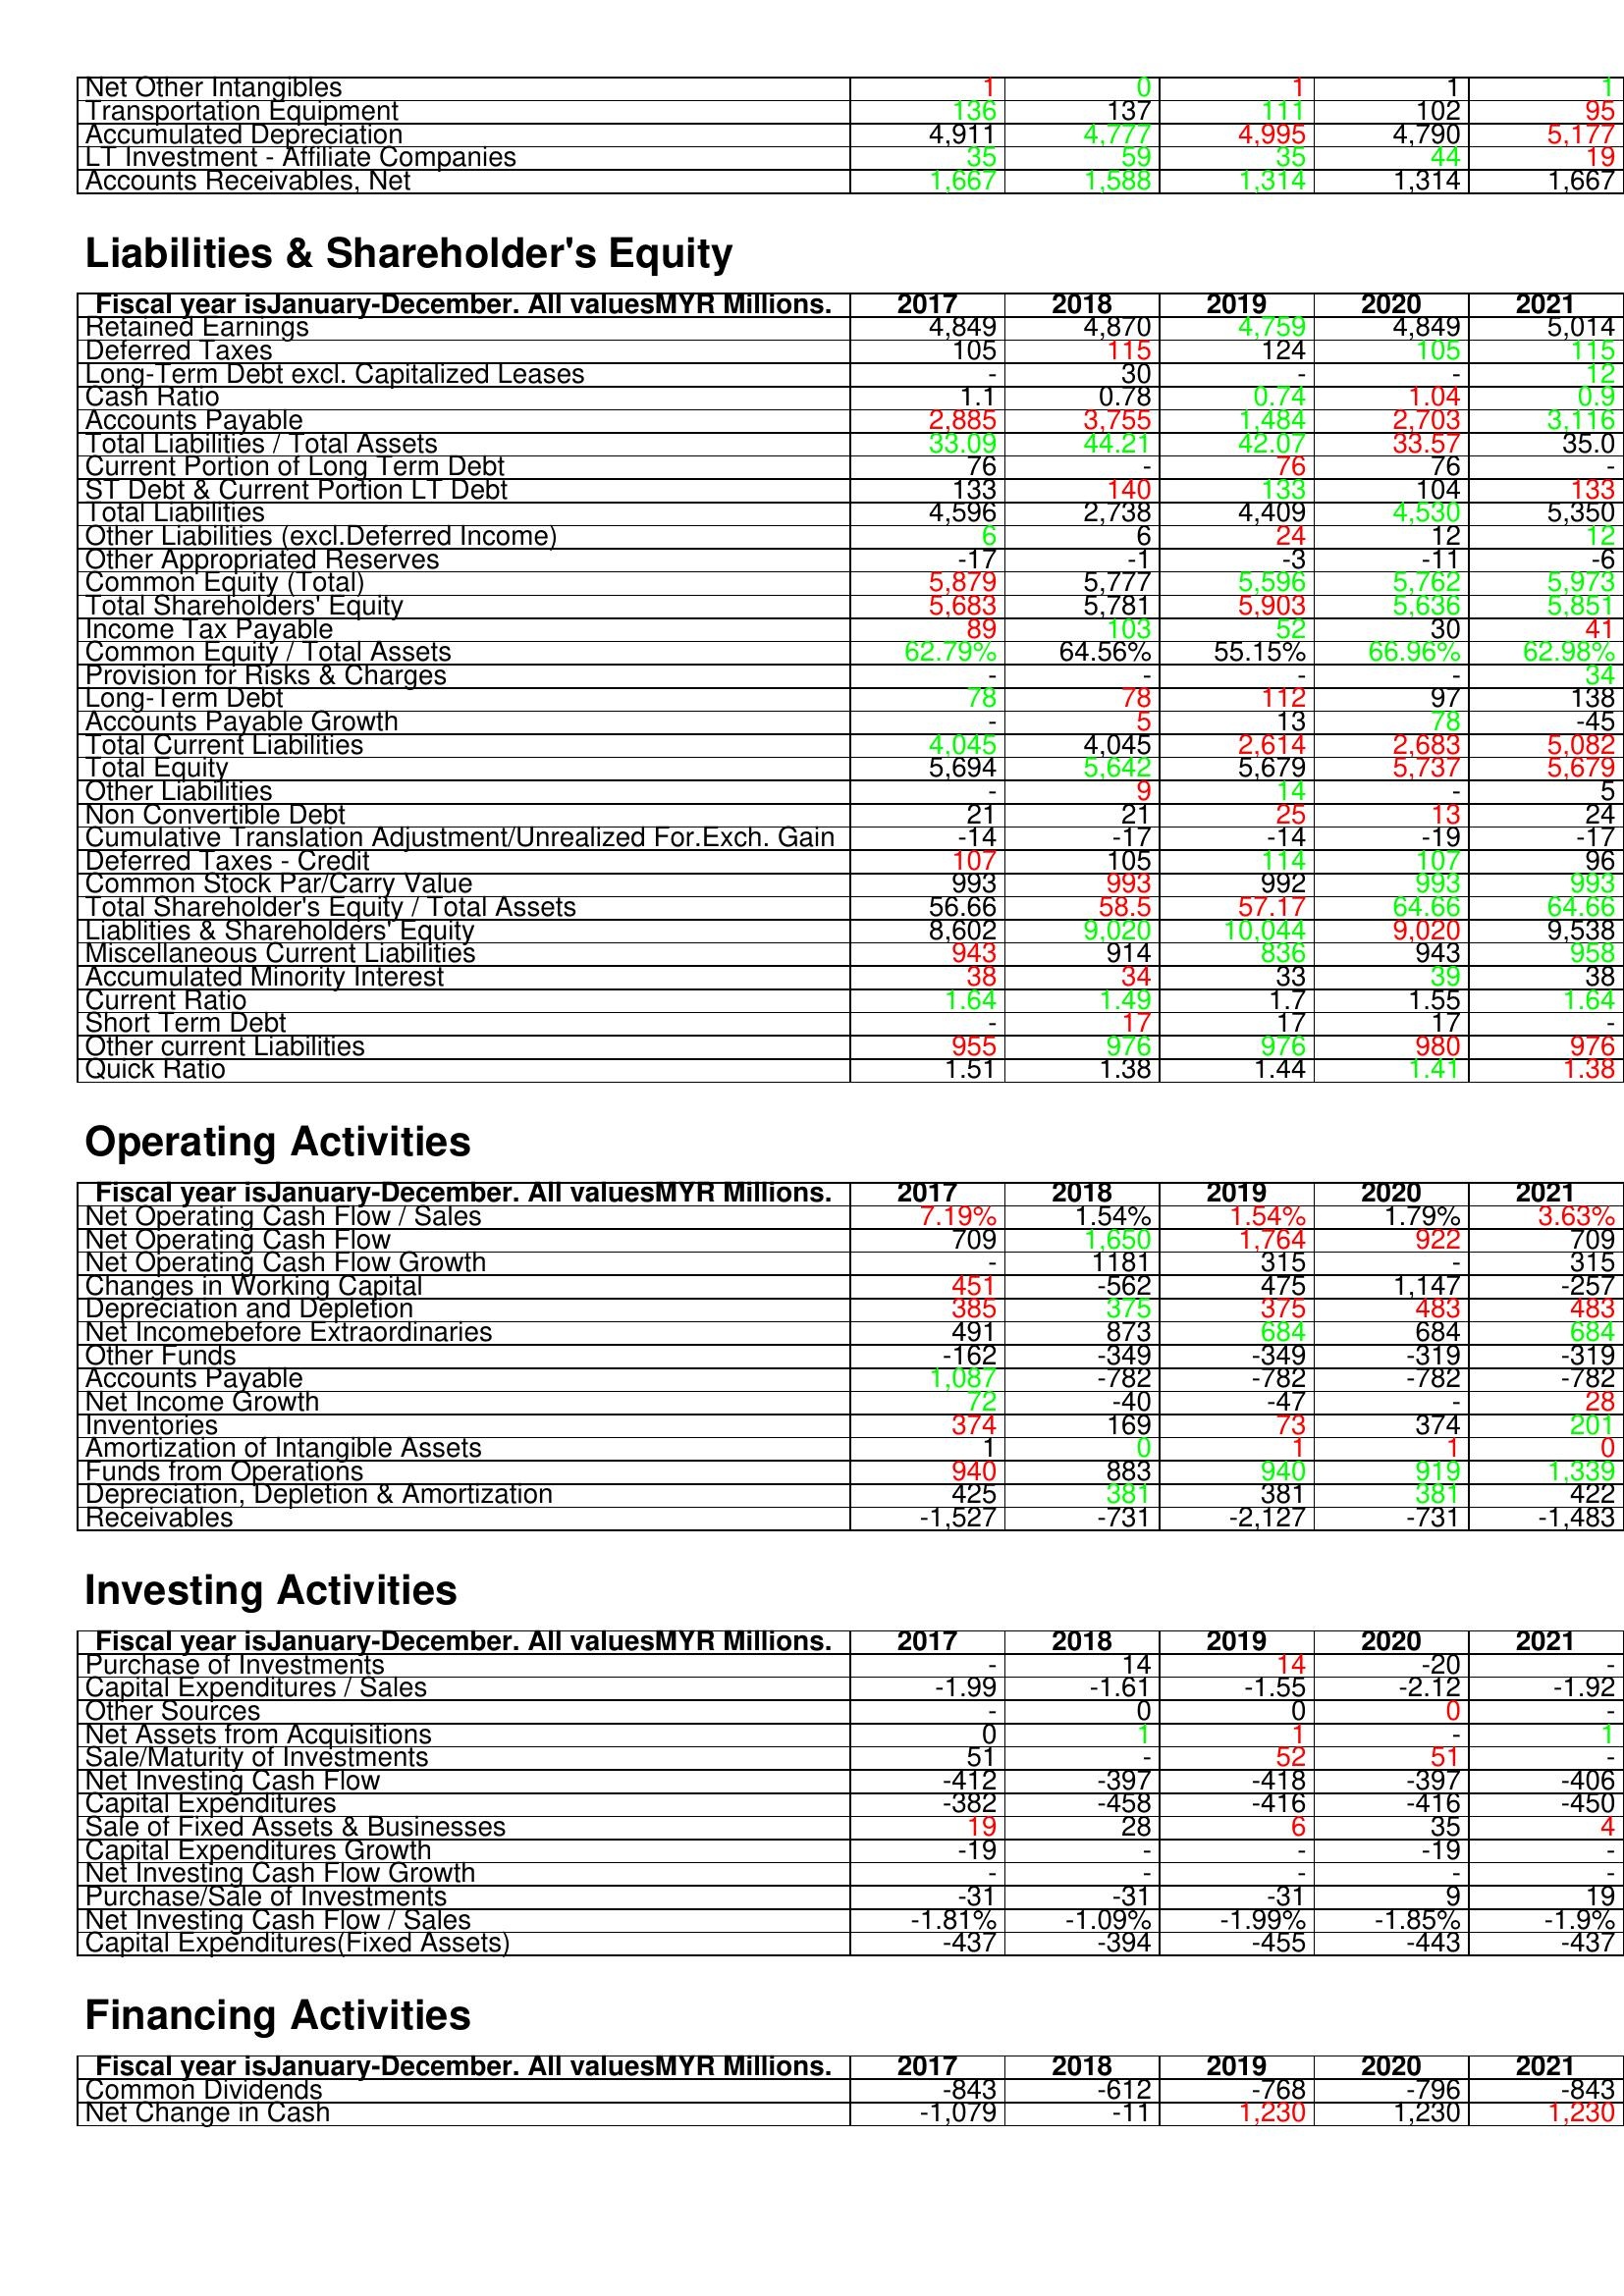
gt_parse: 2017: Assets: Net Other Intangibles: 1
Transportation Equipment: 136
Accumulated Depreciation: 4,911
LT Investment - Affiliate Companies: 35
Accounts Receivables, Net: 1,667
Liabilities & Shareholder's Equity: Retained Earnings: 4,849
Deferred Taxes: 105
Long-Term Debt excl. Capitalized Leases: -
Cash Ratio: 1.1
Accounts Payable: 2,885
Total Liabilities / Total Assets: 33.09
Current Portion of Long Term Debt: 76
ST Debt & Current Portion LT Debt: 133
Total Liabilities: 4,596
Other Liabilities (excl.Deferred Income): 6
Other Appropriated Reserves: -17
Common Equity (Total): 5,879
Total Shareholders' Equity: 5,683
Income Tax Payable: 89
Common Equity / Total Assets: 62.79%
Provision for Risks & Charges: -
Long-Term Debt: 78
Accounts Payable Growth: -
Total Current Liabilities: 4,045
Total Equity: 5,694
Other Liabilities: -
Non Convertible Debt: 21
Cumulative Translation Adjustment/Unrealized For.Exch. Gain: -14
Deferred Taxes - Credit: 107
Common Stock Par/Carry Value: 993
Total Shareholder's Equity / Total Assets: 56.66
Liablities & Shareholders' Equity: 8,602
Miscellaneous Current Liabilities: 943
Accumulated Minority Interest: 38
Current Ratio: 1.64
Short Term Debt: -
Other current Liabilities: 955
Quick Ratio: 1.51
Operating Activities: Net Operating Cash Flow / Sales: 7.19%
Net Operating Cash Flow: 709
Net Operating Cash Flow Growth: -
Changes in Working Capital: 451
Depreciation and Depletion: 385
Net Incomebefore Extraordinaries: 491
Other Funds: -162
Accounts Payable: 1,087
Net Income Growth: 72
Inventories: 374
Amortization of Intangible Assets: 1
Funds from Operations: 940
Depreciation, Depletion & Amortization: 425
Receivables: -1,527
Investing Activities: Purchase of Investments: -
Capital Expenditures / Sales: -1.99
Other Sources: -
Net Assets from Acquisitions: 0
Sale/Maturity of Investments: 51
Net Investing Cash Flow: -412
Capital Expenditures: -382
Sale of Fixed Assets & Businesses: 19
Capital Expenditures Growth: -19
Net Investing Cash Flow Growth: -
Purchase/Sale of Investments: -31
Net Investing Cash Flow / Sales: -1.81%
Capital Expenditures(Fixed Assets): -437
Financing Activities: Common Dividends: -843
Net Change in Cash: -1,079
2018: Assets: Net Other Intangibles: 0
Transportation Equipment: 137
Accumulated Depreciation: 4,777
LT Investment - Affiliate Companies: 59
Accounts Receivables, Net: 1,588
Liabilities & Shareholder's Equity: Retained Earnings: 4,870
Deferred Taxes: 115
Long-Term Debt excl. Capitalized Leases: 30
Cash Ratio: 0.78
Accounts Payable: 3,755
Total Liabilities / Total Assets: 44.21
Current Portion of Long Term Debt: -
ST Debt & Current Portion LT Debt: 140
Total Liabilities: 2,738
Other Liabilities (excl.Deferred Income): 6
Other Appropriated Reserves: -1
Common Equity (Total): 5,777
Total Shareholders' Equity: 5,781
Income Tax Payable: 103
Common Equity / Total Assets: 64.56%
Provision for Risks & Charges: -
Long-Term Debt: 78
Accounts Payable Growth: 5
Total Current Liabilities: 4,045
Total Equity: 5,642
Other Liabilities: 9
Non Convertible Debt: 21
Cumulative Translation Adjustment/Unrealized For.Exch. Gain: -17
Deferred Taxes - Credit: 105
Common Stock Par/Carry Value: 993
Total Shareholder's Equity / Total Assets: 58.5
Liablities & Shareholders' Equity: 9,020
Miscellaneous Current Liabilities: 914
Accumulated Minority Interest: 34
Current Ratio: 1.49
Short Term Debt: 17
Other current Liabilities: 976
Quick Ratio: 1.38
Operating Activities: Net Operating Cash Flow / Sales: 1.54%
Net Operating Cash Flow: 1,650
Net Operating Cash Flow Growth: 1181
Changes in Working Capital: -562
Depreciation and Depletion: 375
Net Incomebefore Extraordinaries: 873
Other Funds: -349
Accounts Payable: -782
Net Income Growth: -40
Inventories: 169
Amortization of Intangible Assets: 0
Funds from Operations: 883
Depreciation, Depletion & Amortization: 381
Receivables: -731
Investing Activities: Purchase of Investments: 14
Capital Expenditures / Sales: -1.61
Other Sources: 0
Net Assets from Acquisitions: 1
Sale/Maturity of Investments: -
Net Investing Cash Flow: -397
Capital Expenditures: -458
Sale of Fixed Assets & Businesses: 28
Capital Expenditures Growth: -
Net Investing Cash Flow Growth: -
Purchase/Sale of Investments: -31
Net Investing Cash Flow / Sales: -1.09%
Capital Expenditures(Fixed Assets): -394
Financing Activities: Common Dividends: -612
Net Change in Cash: -11
2019: Assets: Net Other Intangibles: 1
Transportation Equipment: 111
Accumulated Depreciation: 4,995
LT Investment - Affiliate Companies: 35
Accounts Receivables, Net: 1,314
Liabilities & Shareholder's Equity: Retained Earnings: 4,759
Deferred Taxes: 124
Long-Term Debt excl. Capitalized Leases: -
Cash Ratio: 0.74
Accounts Payable: 1,484
Total Liabilities / Total Assets: 42.07
Current Portion of Long Term Debt: 76
ST Debt & Current Portion LT Debt: 133
Total Liabilities: 4,409
Other Liabilities (excl.Deferred Income): 24
Other Appropriated Reserves: -3
Common Equity (Total): 5,596
Total Shareholders' Equity: 5,903
Income Tax Payable: 52
Common Equity / Total Assets: 55.15%
Provision for Risks & Charges: -
Long-Term Debt: 112
Accounts Payable Growth: 13
Total Current Liabilities: 2,614
Total Equity: 5,679
Other Liabilities: 14
Non Convertible Debt: 25
Cumulative Translation Adjustment/Unrealized For.Exch. Gain: -14
Deferred Taxes - Credit: 114
Common Stock Par/Carry Value: 992
Total Shareholder's Equity / Total Assets: 57.17
Liablities & Shareholders' Equity: 10,044
Miscellaneous Current Liabilities: 836
Accumulated Minority Interest: 33
Current Ratio: 1.7
Short Term Debt: 17
Other current Liabilities: 976
Quick Ratio: 1.44
Operating Activities: Net Operating Cash Flow / Sales: 1.54%
Net Operating Cash Flow: 1,764
Net Operating Cash Flow Growth: 315
Changes in Working Capital: 475
Depreciation and Depletion: 375
Net Incomebefore Extraordinaries: 684
Other Funds: -349
Accounts Payable: -782
Net Income Growth: -47
Inventories: 73
Amortization of Intangible Assets: 1
Funds from Operations: 940
Depreciation, Depletion & Amortization: 381
Receivables: -2,127
Investing Activities: Purchase of Investments: 14
Capital Expenditures / Sales: -1.55
Other Sources: 0
Net Assets from Acquisitions: 1
Sale/Maturity of Investments: 52
Net Investing Cash Flow: -418
Capital Expenditures: -416
Sale of Fixed Assets & Businesses: 6
Capital Expenditures Growth: -
Net Investing Cash Flow Growth: -
Purchase/Sale of Investments: -31
Net Investing Cash Flow / Sales: -1.99%
Capital Expenditures(Fixed Assets): -455
Financing Activities: Common Dividends: -768
Net Change in Cash: 1,230
2020: Assets: Net Other Intangibles: 1
Transportation Equipment: 102
Accumulated Depreciation: 4,790
LT Investment - Affiliate Companies: 44
Accounts Receivables, Net: 1,314
Liabilities & Shareholder's Equity: Retained Earnings: 4,849
Deferred Taxes: 105
Long-Term Debt excl. Capitalized Leases: -
Cash Ratio: 1.04
Accounts Payable: 2,703
Total Liabilities / Total Assets: 33.57
Current Portion of Long Term Debt: 76
ST Debt & Current Portion LT Debt: 104
Total Liabilities: 4,530
Other Liabilities (excl.Deferred Income): 12
Other Appropriated Reserves: -11
Common Equity (Total): 5,762
Total Shareholders' Equity: 5,636
Income Tax Payable: 30
Common Equity / Total Assets: 66.96%
Provision for Risks & Charges: -
Long-Term Debt: 97
Accounts Payable Growth: 78
Total Current Liabilities: 2,683
Total Equity: 5,737
Other Liabilities: -
Non Convertible Debt: 13
Cumulative Translation Adjustment/Unrealized For.Exch. Gain: -19
Deferred Taxes - Credit: 107
Common Stock Par/Carry Value: 993
Total Shareholder's Equity / Total Assets: 64.66
Liablities & Shareholders' Equity: 9,020
Miscellaneous Current Liabilities: 943
Accumulated Minority Interest: 39
Current Ratio: 1.55
Short Term Debt: 17
Other current Liabilities: 980
Quick Ratio: 1.41
Operating Activities: Net Operating Cash Flow / Sales: 1.79%
Net Operating Cash Flow: 922
Net Operating Cash Flow Growth: -
Changes in Working Capital: 1,147
Depreciation and Depletion: 483
Net Incomebefore Extraordinaries: 684
Other Funds: -319
Accounts Payable: -782
Net Income Growth: -
Inventories: 374
Amortization of Intangible Assets: 1
Funds from Operations: 919
Depreciation, Depletion & Amortization: 381
Receivables: -731
Investing Activities: Purchase of Investments: -20
Capital Expenditures / Sales: -2.12
Other Sources: 0
Net Assets from Acquisitions: -
Sale/Maturity of Investments: 51
Net Investing Cash Flow: -397
Capital Expenditures: -416
Sale of Fixed Assets & Businesses: 35
Capital Expenditures Growth: -19
Net Investing Cash Flow Growth: -
Purchase/Sale of Investments: 9
Net Investing Cash Flow / Sales: -1.85%
Capital Expenditures(Fixed Assets): -443
Financing Activities: Common Dividends: -796
Net Change in Cash: 1,230
2021: Assets: Net Other Intangibles: 1
Transportation Equipment: 95
Accumulated Depreciation: 5,177
LT Investment - Affiliate Companies: 19
Accounts Receivables, Net: 1,667
Liabilities & Shareholder's Equity: Retained Earnings: 5,014
Deferred Taxes: 115
Long-Term Debt excl. Capitalized Leases: 12
Cash Ratio: 0.9
Accounts Payable: 3,116
Total Liabilities / Total Assets: 35.0
Current Portion of Long Term Debt: -
ST Debt & Current Portion LT Debt: 133
Total Liabilities: 5,350
Other Liabilities (excl.Deferred Income): 12
Other Appropriated Reserves: -6
Common Equity (Total): 5,973
Total Shareholders' Equity: 5,851
Income Tax Payable: 41
Common Equity / Total Assets: 62.98%
Provision for Risks & Charges: 34
Long-Term Debt: 138
Accounts Payable Growth: -45
Total Current Liabilities: 5,082
Total Equity: 5,679
Other Liabilities: 5
Non Convertible Debt: 24
Cumulative Translation Adjustment/Unrealized For.Exch. Gain: -17
Deferred Taxes - Credit: 96
Common Stock Par/Carry Value: 993
Total Shareholder's Equity / Total Assets: 64.66
Liablities & Shareholders' Equity: 9,538
Miscellaneous Current Liabilities: 958
Accumulated Minority Interest: 38
Current Ratio: 1.64
Short Term Debt: -
Other current Liabilities: 976
Quick Ratio: 1.38
Operating Activities: Net Operating Cash Flow / Sales: 3.63%
Net Operating Cash Flow: 709
Net Operating Cash Flow Growth: 315
Changes in Working Capital: -257
Depreciation and Depletion: 483
Net Incomebefore Extraordinaries: 684
Other Funds: -319
Accounts Payable: -782
Net Income Growth: 28
Inventories: 201
Amortization of Intangible Assets: 0
Funds from Operations: 1,339
Depreciation, Depletion & Amortization: 422
Receivables: -1,483
Investing Activities: Purchase of Investments: -
Capital Expenditures / Sales: -1.92
Other Sources: -
Net Assets from Acquisitions: 1
Sale/Maturity of Investments: -
Net Investing Cash Flow: -406
Capital Expenditures: -450
Sale of Fixed Assets & Businesses: 4
Capital Expenditures Growth: -
Net Investing Cash Flow Growth: -
Purchase/Sale of Investments: 19
Net Investing Cash Flow / Sales: -1.9%
Capital Expenditures(Fixed Assets): -437
Financing Activities: Common Dividends: -843
Net Change in Cash: 1,230